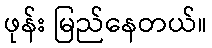
ဖုန်း မြည်နေတယ်။